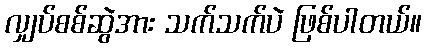
လျှပ်စစ်ဆွဲအား သက်သက်ပဲ ဖြစ်ပါတယ်။